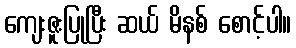
ကျေးဇူးပြုပြီး ဆယ် မိနစ် စောင့်ပါ။